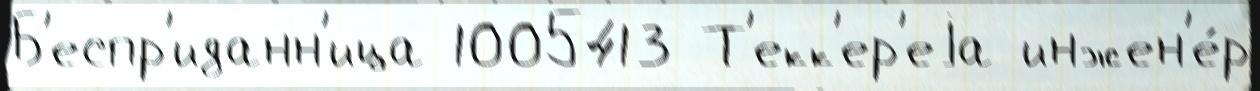
Б'еспр'иданн'ица 1005413 Т'екк'ер'еjа инжен'е́р